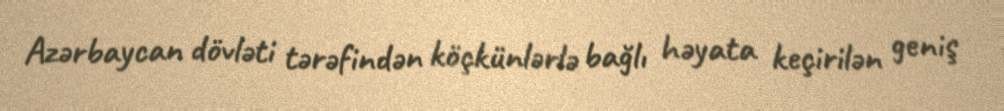
Azərbaycan dövləti tərəfindən köçkünlərlə bağlı həyata keçirilən geniş